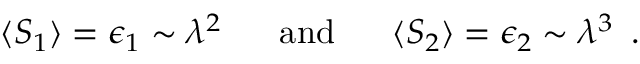
\langle S _ { 1 } \rangle = \epsilon _ { 1 } \sim \lambda ^ { 2 } \, \, \, \, \, \, \, \, \mathrm { ~ a n d ~ } \, \, \, \, \, \, \, \, \langle S _ { 2 } \rangle = \epsilon _ { 2 } \sim \lambda ^ { 3 } \, \, \, .